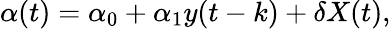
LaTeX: \alpha(t)=\alpha_{0}+\alpha_{1}y(t-k)+\delta X(t),